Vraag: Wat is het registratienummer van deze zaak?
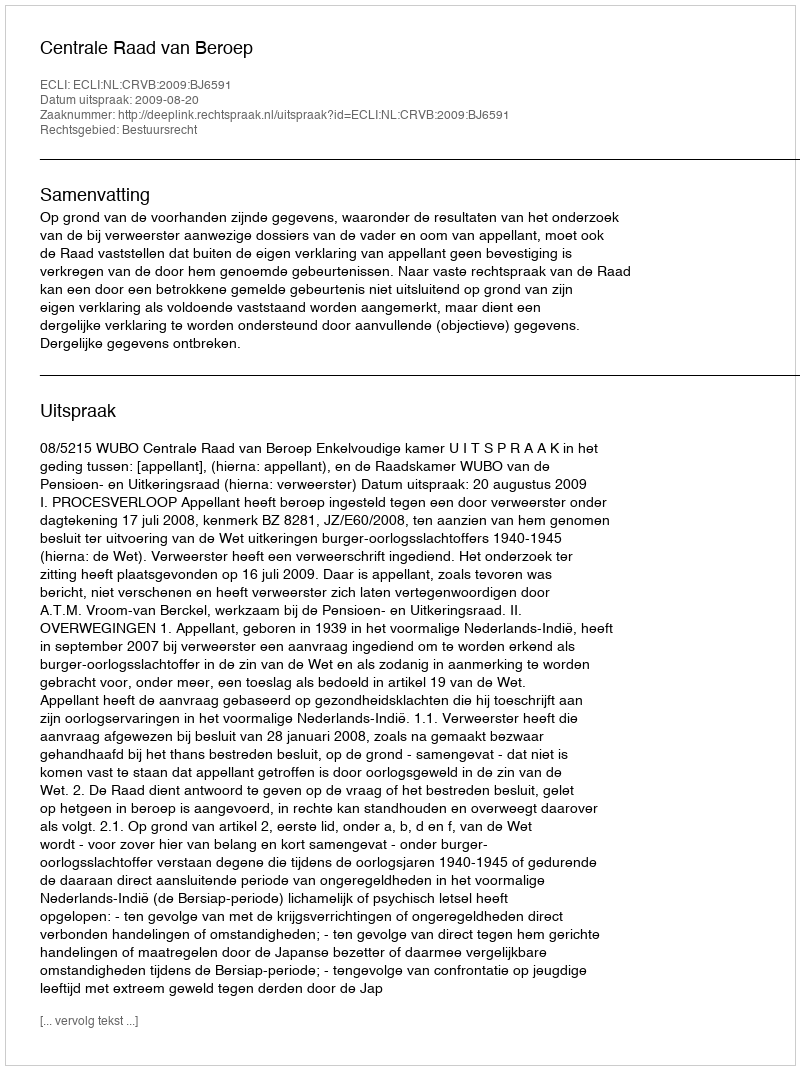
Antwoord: http://deeplink.rechtspraak.nl/uitspraak?id=ECLI:NL:CRVB:2009:BJ6591